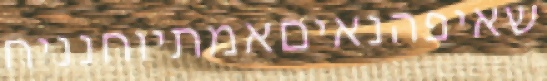
שאיפהנאיםאמתיוחנניח